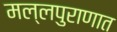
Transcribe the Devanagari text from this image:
मल्लपुराणात